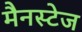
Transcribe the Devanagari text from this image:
मैनस्टेज